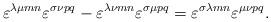
LaTeX: \begin{align*}\varepsilon^{\lambda\mu mn} \varepsilon^{\sigma\nu pq} -\varepsilon^{\lambda\nu mn} \varepsilon^{\sigma\mu pq} =\varepsilon^{\sigma\lambda mn} \varepsilon^{\mu\nu pq}.\end{align*}